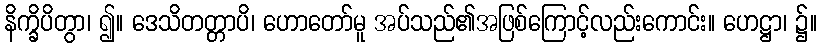
နိက္ခိပိတွာ၊ ၍။ ဒေသိတတ္တာပိ၊ ဟောတော်မူ အပ်သည်၏အဖြစ်ကြောင့်လည်းကောင်း။ ဟေဋ္ဌာ၊ ၌။